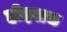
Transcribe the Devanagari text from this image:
होइलच